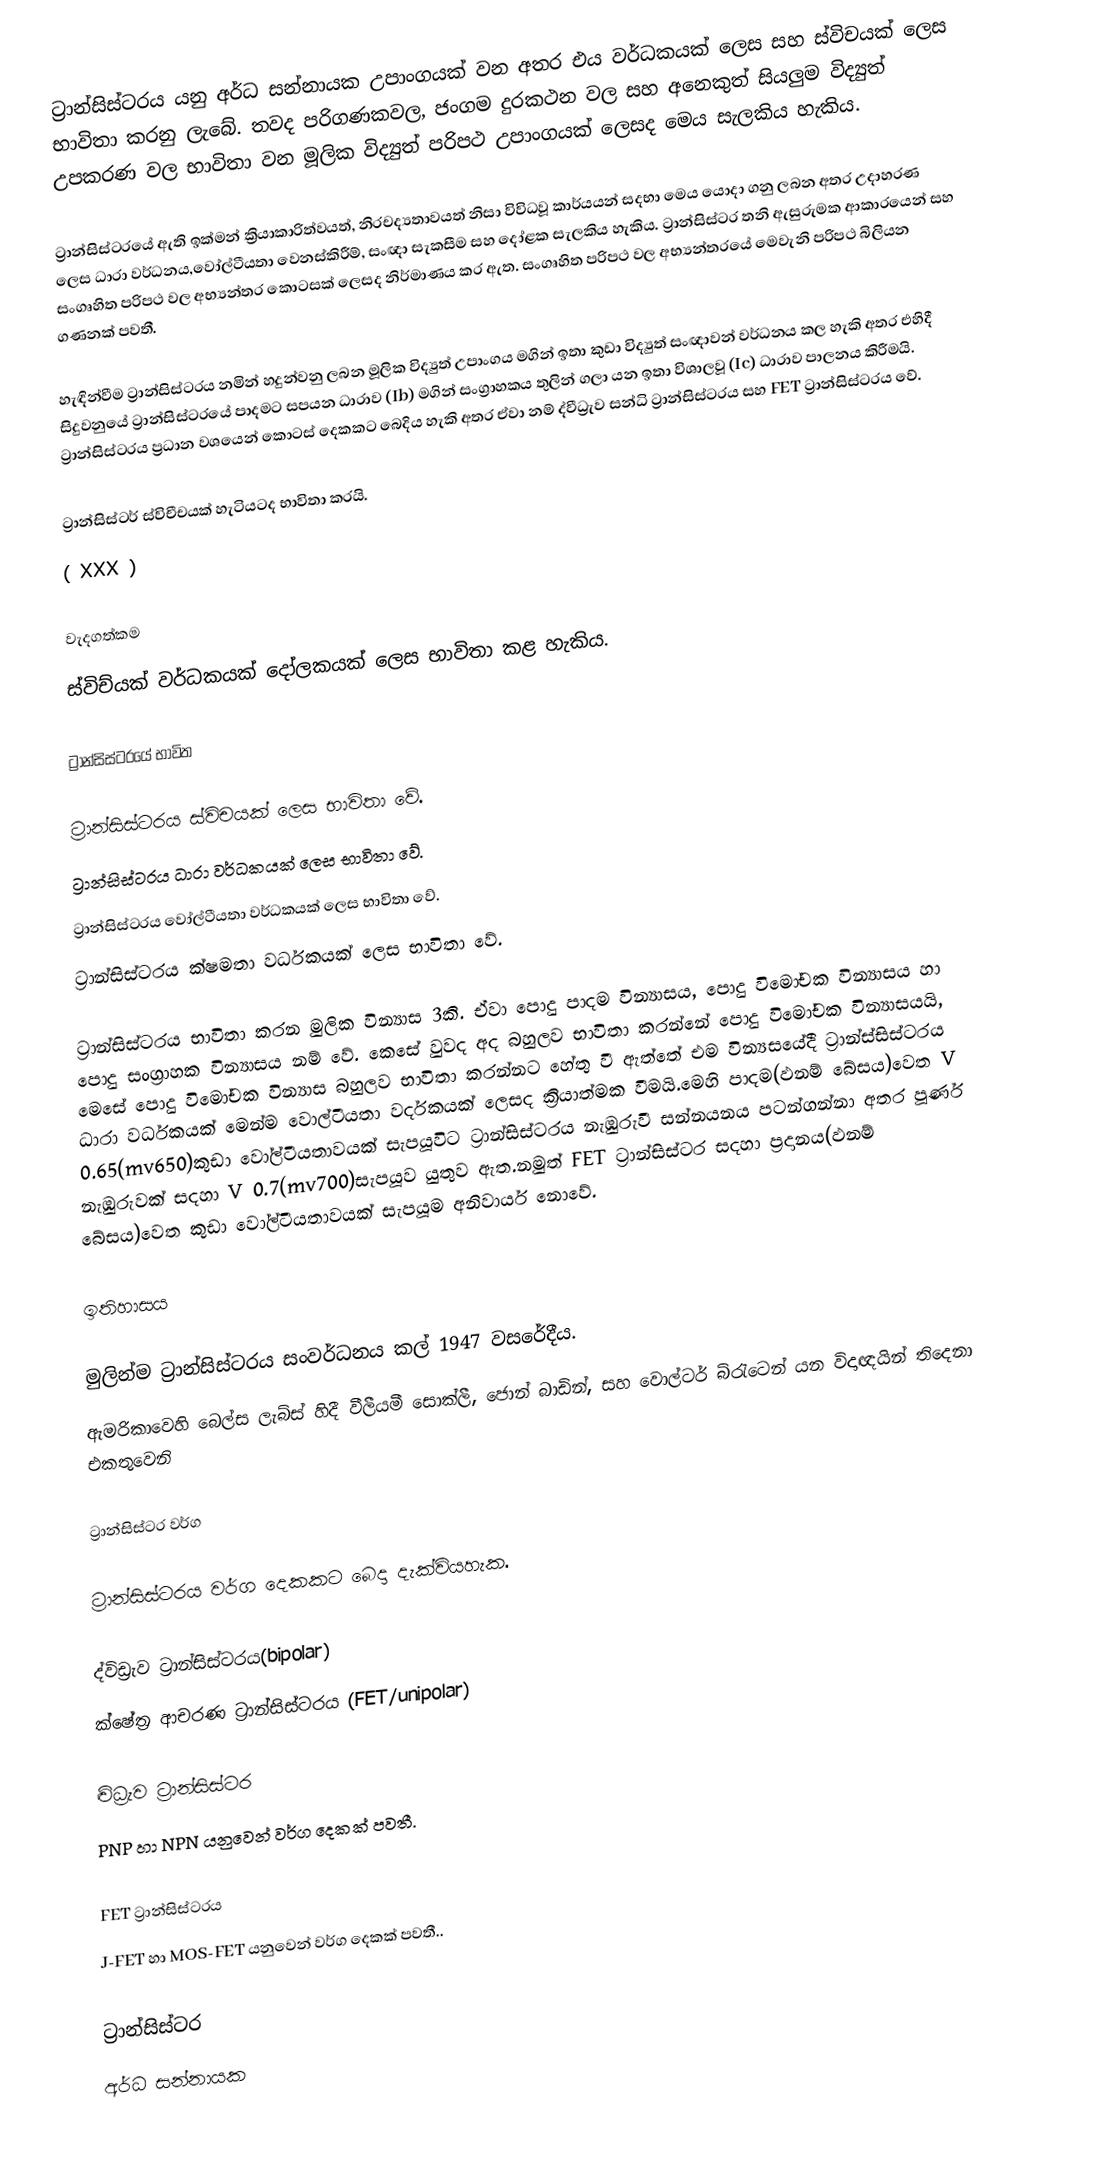
ට්‍රාන්සිස්ටරය යනු අර්ධ සන්නායක උපාංගයක් වන අතර එය වර්ධකයක් ලෙස සහ ස්විචයක් ‍ලෙස භාවිතා කරනු ලැබේ. තවද පරිගණකවල, ජංගම දුරකථන වල සහ අනෙකුත් සියලුම විද්‍යුත් උපකරණ වල භාවිතා වන මූලික විද්‍යුත් පරිපථ උපාංගයක් ලෙසද මෙය සැලකිය හැකිය.

ට්‍රාන්සිස්ටරයේ ඇති ඉක්මන් ක්‍රියාකාරිත්වයත්, නිරචද්‍යතාවයත් නිසා විවිධවූ කාර්යයන් සදභා මෙය යොදා ගනු ලබන අතර උදාහරණ ලෙස ධාරා වර්ධනය,වෝල්ටීයතා වෙනස්කිරීම්, සංඥා සැකසීම සහ දෝළක සැලකිය හැකිය. ට්‍රාන්සිස්ටර තනි ඇසුරුමක ආකාරයෙන් සහ සංගෘහිත පරිපථ වල අභ්‍යන්තර කොටසක් ලෙසද නිර්මාණය කර ඇත. සංගෘහිත පරිපථ වල අභ්‍යන්තරයේ මෙවැනි පරිපථ බිලියන ගණනක් පවතී.

හැඳින්වීම  ට්‍රාන්සිස්ටරය නමින් හදුන්වනු ලබන මූලික විද්‍යුත් උපාංගය මගින් ඉතා කුඩා විද්‍යුත් සංඥාවන් වර්ධනය කල හැකි අතර එහිදී සිදුවනුයේ ට්‍රාන්සිස්ටරයේ පාදමට සපයන ධාරාව (Ib) මගින් සංග්‍රාහකය තුලින් ගලා යන ඉතා විශාලවූ (Ic) ධාරාව පාලනය කිරීමයි. ට්‍රාන්සිස්ටරය ප්‍රධාන වශයෙන් කොටස් දෙකකට බෙදිය හැකි අතර ඒවා නම් ද්වීධ්‍රැව සන්ධි ට්‍රාන්සිස්ටරය සහ FET ට්‍රාන්සිස්ටරය වේ.

ට්‍රාන්සිස්ටර් ස්විචීචයක් හැටියටද භාවිතා කරයි.
( XXX )

වැදගත්කම
ස්විච්යක් වර්ධකයක් දෝලකයක් ලෙස භාවිතා කළ හැකිය.

ට්‍රාන්සිස්ටරයේ භාවිත

ට්‍රාන්සිස්ටරය ස්විචයක් ලෙස භාවිතා වේ.
ට්‍රාන්සිස්ටරය ධාරා වර්ධකයක් ලෙස භාවිතා වේ.
ට්‍රාන්සිස්ටරය වෝල්ටීයතා වර්ධකයක් ලෙස භාවිතා වේ.
ට්‍රාන්සිස්ටරය ක්ෂමතා වර්ධකයක් ලෙස භාවිතා වේ.

ට්‍රාන්සිස්ටරය භාවිතා කරන මුලික වින්‍යාස 3කි. ඒවා පොදු පාදම වින්‍යාසය, පොදු විමෝචක වින්‍යාසය හා පොදු සංග්‍රාහක වින්‍යාසය නම් වේ. කෙසේ වුවද අද බහුලව භාවිතා කරන්නේ පොදු විමෝචක වින්‍යාසයයි, මෙසේ පොදු විමෝචක වින්‍යාස බහුලව භාවිතා කරන්නට හේතු වී ඇත්තේ එම වින්‍යසයේදී ට්‍රාන්ස්සිස්ටරය ධාරා වර්ධකයක් මෙන්ම වොල්ටීයතා වර්දකයක් ලෙසද ක්‍රියාත්මක වීමයි.මෙහි පාදම(ඵනම් බේසය)වෙත V 0.65(mv650)කුඩා වෝල්ටීයතාවයක් සැපයූවිට ට්‍රාන්සිස්ටරය නැඹුරුවී සන්නයනය පටන්ගන්නා අතර පූර්ණ නැඹුරුවක් සදහා V 0.7(mv700)සැපයූව යුතුව ඇත.නමුත් FET ට්‍රාන්සිස්ටර සදහා ප්‍රදානය(ඵනම් බේසය)වෙත කුඩා වෝල්ටීයතාවයක් සැපයූම අනිවාර්ය නොවේ.

ඉතිහාසය

මුලින්ම ට්‍රාන්සිස්ටරය සංවර්ධනය කල් 1947 වසරේදීය.
ඇමරිකාවෙහි බෙල්ස ලැබ්ස් හිදී වීලීයමී සොක්ලී, ජොන් බාඩින්, සහ වොල්ටර් බ්රැටෙන් යන විදාඥයින් තිදෙනා එකතුවෙනි

ට්‍රාන්සිස්ටර වර්ග

ට්‍රාන්සිස්ටරය වර්ග දෙකකට බෙදා දැක්වියහැක.

 ද්විඩ්‍රැව ට්‍රාන්සිස්ටරය(bipolar)
 ක්ෂේත්‍ර ආචරණ ට්‍රාන්සිස්ටරය (FET/unipolar)

ද්‍විධ්‍රැව ට්‍රාන්සිස්ටර
PNP හා NPN යනුවෙන් වර්ග දෙකක් පවතී.

FET ට්‍රාන්සිස්ටරය
J-FET හා MOS-FET යනුවෙන් වර්ග දෙකක් පවතී..

ට්‍රාන්සිස්ටර
අර්ධ සන්නායක